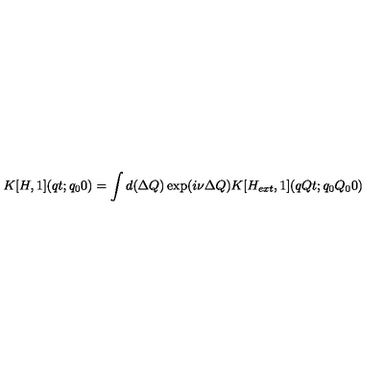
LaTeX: K [ H , 1 ] ( q t ; q _ { 0 } 0 ) = \int d ( \Delta Q ) \exp ( i \nu \Delta Q ) K [ H _ { e x t } , 1 ] ( q Q t ; q _ { 0 } Q _ { 0 } 0 )